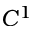
C ^ { 1 }